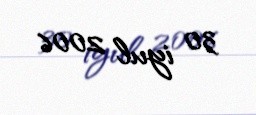
30 iyul 2006